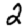
Digit: 2